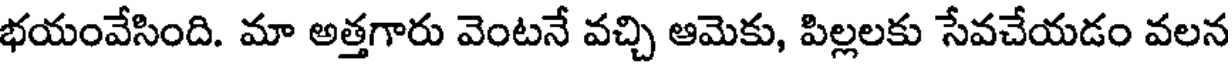
భయంవేసింది. మా అత్తగారు వెంటనే వచ్చి ఆమెకు, పిల్లలకు సేవచేయడం వలన